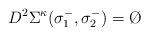
LaTeX: \begin{align*} D^2\Sigma^\kappa (\sigma_1^-,\sigma_2^-) = \O \end{align*}